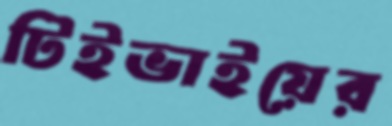
টিইভাইয়ের